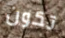
تكون